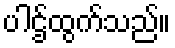
ပါဌ်ထွက်သည်။